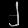
Digit: ၂